King Institute of Preventive Medicine Bacteriolog. Section reports 1907-08
Year: 1907
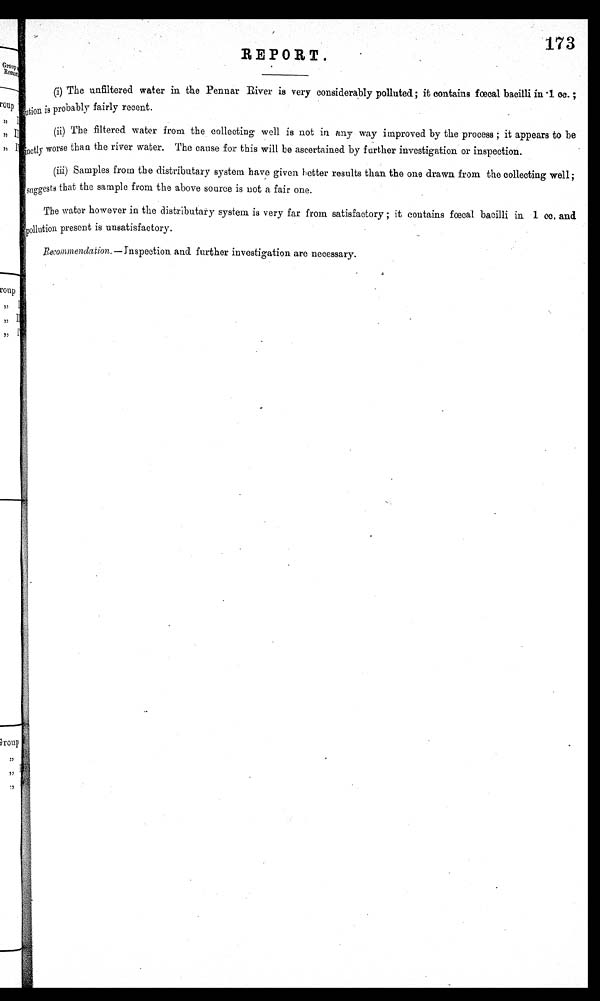
173
REPORT.
(i) The unfiltered water in the Pennar River is very considerably polluted; it contains fœcal bacilli in •1 œ . ;
flution is probably fairly recent.
(ii) The filtered water from the collecting well is not in any way improved by the process ; it appears to be
inactly worse than the river water. The cause for this will be ascertained by further investigation or inspection.
(iii) Samples from the distributary system have given better results than the one drawn from the collecting well;
sug gests that the sample from the above source is not a fair one.
The water however in the distributary system. is very far from satisfactory ; it contains fœcal bacilli in 1 cc, and
pollution present is unsatisfactory.
Bcommendation.—Inspection and further investigation are necessary.